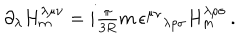
\partial _ { \lambda } H _ { m } ^ { \lambda \mu \nu } = i \textstyle { \frac { \pi } { 3 R } } m \, \epsilon ^ { \mu \nu } { } _ { \lambda \rho \sigma } H _ { m } ^ { \lambda \rho \sigma } \, .